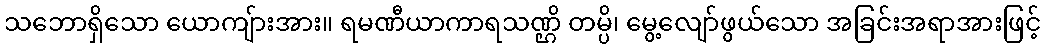
သဘောရှိသော ယောကျ်ားအား။ ရမဏီယာကာရသဏ္ဌိ တမ္ပိ၊ မွေ့လျော်ဖွယ်သော အခြင်းအရာအားဖြင့်